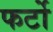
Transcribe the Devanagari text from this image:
फर्टो